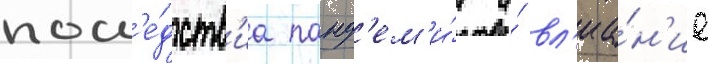
посл'е́дств'иа панд'ем'и́и и́ вл'иа́н'ие